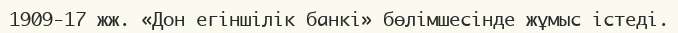
1909-17 жж. «Дон егіншілік банкі» бөлімшесінде жұмыс істеді.